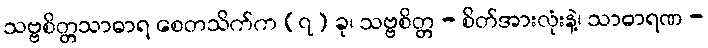
သဗ္ဗစိတ္တသာဓာရ စေတသိက်က (၇) ခု၊ သဗ္ဗစိတ္တ - စိတ်အားလုံးနဲ့၊ သာဓာရဏ -